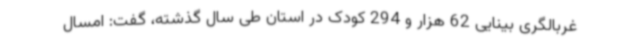
غربالگری بینایی 62 هزار و 294 کودک در استان طی سال گذشته، گفت: امسال